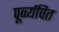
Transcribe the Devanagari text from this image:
पूर्व्व्यपित